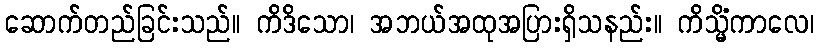
ဆောက်တည်ခြင်းသည်။ ကိဒိသော၊ အဘယ်အထုအပြားရှိသနည်း။ ကိသ္မိံကာလေ၊